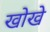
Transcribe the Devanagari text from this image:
खोखे